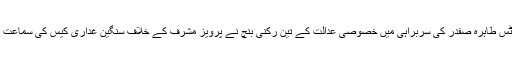
جسٹس طاہرہ صفدر کی سربراہی میں خصوصی عدالت کے تین رکنی بنچ نے پرویز مشرف کے خلاف سنگین غداری کیس کی سماعت کی۔